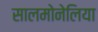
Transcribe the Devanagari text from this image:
सालमोनेलिया